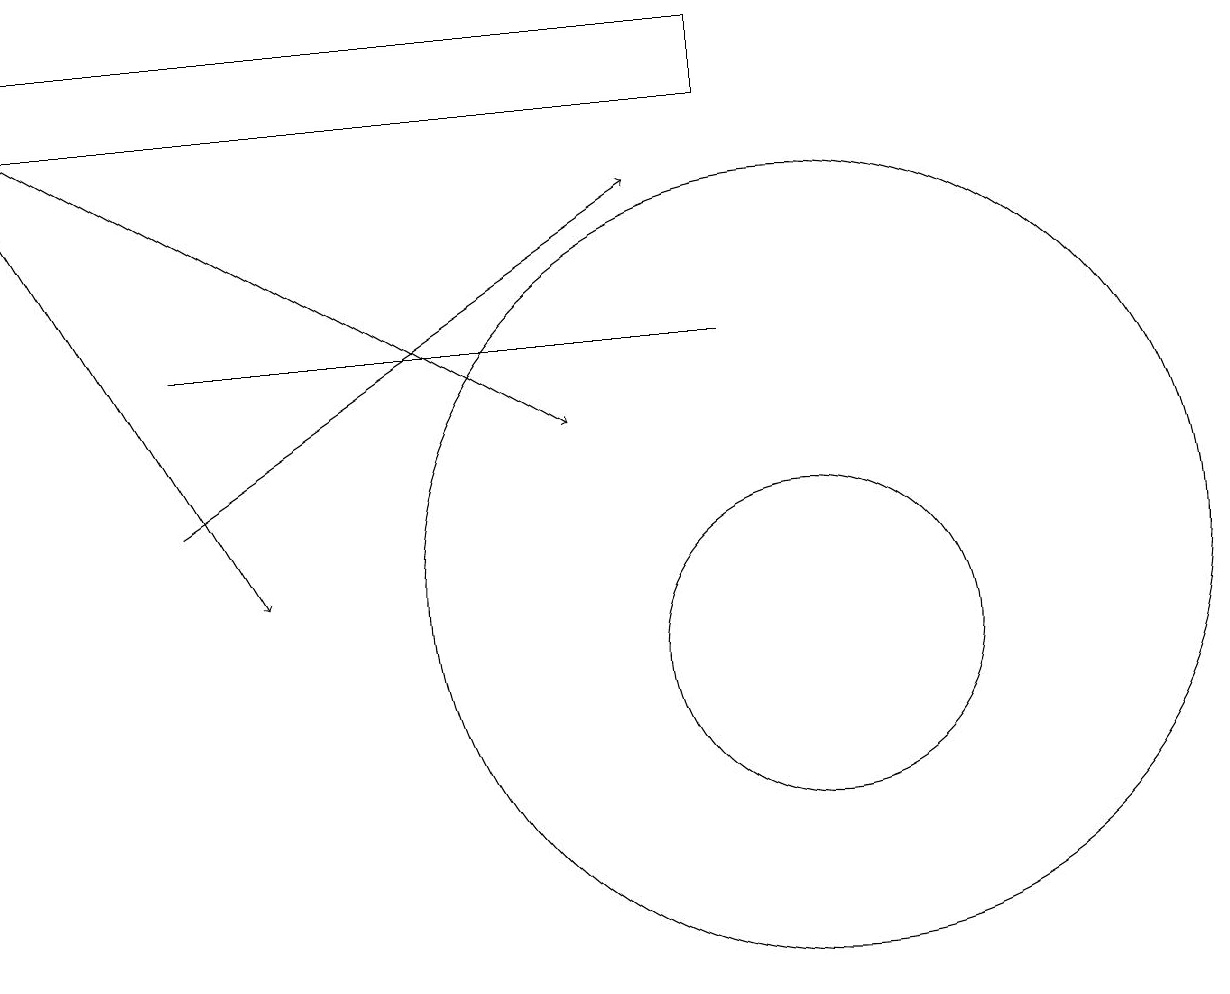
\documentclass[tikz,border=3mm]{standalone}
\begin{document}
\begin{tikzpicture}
\draw (0,18) rectangle (9,17);
\draw[->] (2,12) -- (8,16);
\draw[->] (0,17) -- (7,13);
\draw (10,10) circle (2);
\draw (10,11) circle (5);
\draw[->] (0,16) -- (3,11);
\draw (2,14) rectangle (9,14);
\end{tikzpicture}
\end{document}